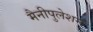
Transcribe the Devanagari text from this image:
मैनीपुलेशन